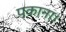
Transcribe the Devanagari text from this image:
पकाना।